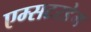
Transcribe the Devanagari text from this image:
एम्सटरडेम